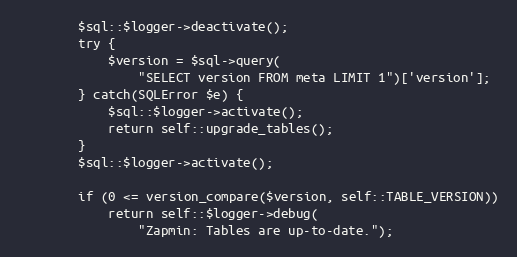
Language: PHP
		$sql::$logger->deactivate();
		try {
			$version = $sql->query(
				"SELECT version FROM meta LIMIT 1")['version'];
		} catch(SQLError $e) {
			$sql::$logger->activate();
			return self::upgrade_tables();
		}
		$sql::$logger->activate();

		if (0 <= version_compare($version, self::TABLE_VERSION))
			return self::$logger->debug(
				"Zapmin: Tables are up-to-date.");